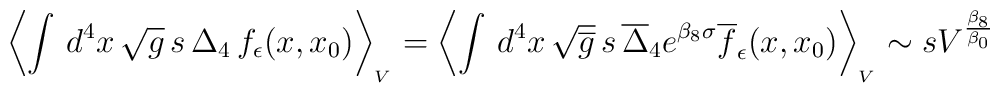
\left\langle \int\, d^4x\, \sqrt g\, s\, \Delta_4\,f_{\epsilon}(x,x_0)\right\rangle_{_V} = \left\langle \int\, d^4x\, \sqrt {\overline g}\, s\, \overline\Delta_4 e^{\beta_8\sigma}\overline f_{\epsilon}(x,x_0)\right\rangle_{_V} \sim s V^{\beta_8\over \beta_0}